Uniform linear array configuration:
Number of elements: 4
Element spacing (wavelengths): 0.25
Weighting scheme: blackman
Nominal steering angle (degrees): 15
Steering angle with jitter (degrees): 14.566
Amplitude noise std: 0.05
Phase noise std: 0.05

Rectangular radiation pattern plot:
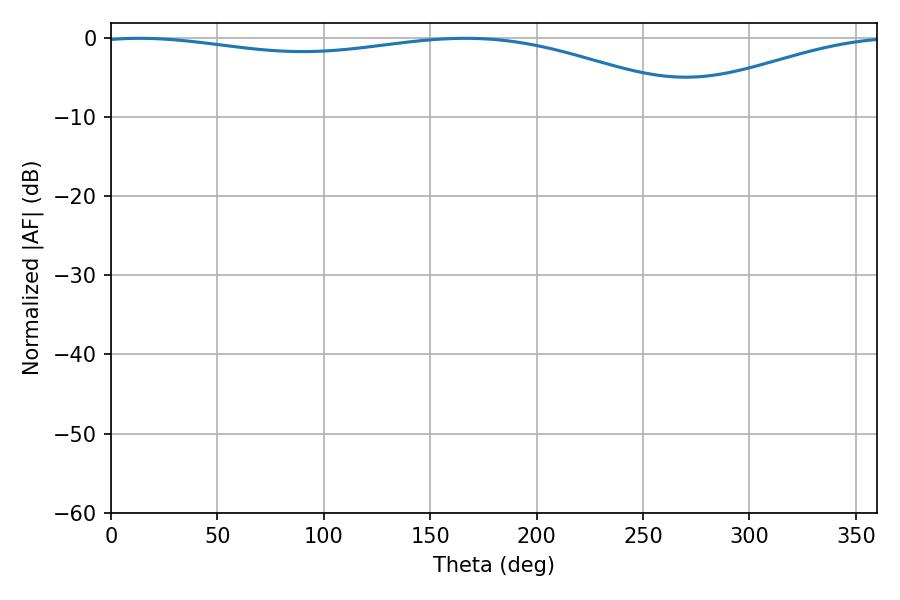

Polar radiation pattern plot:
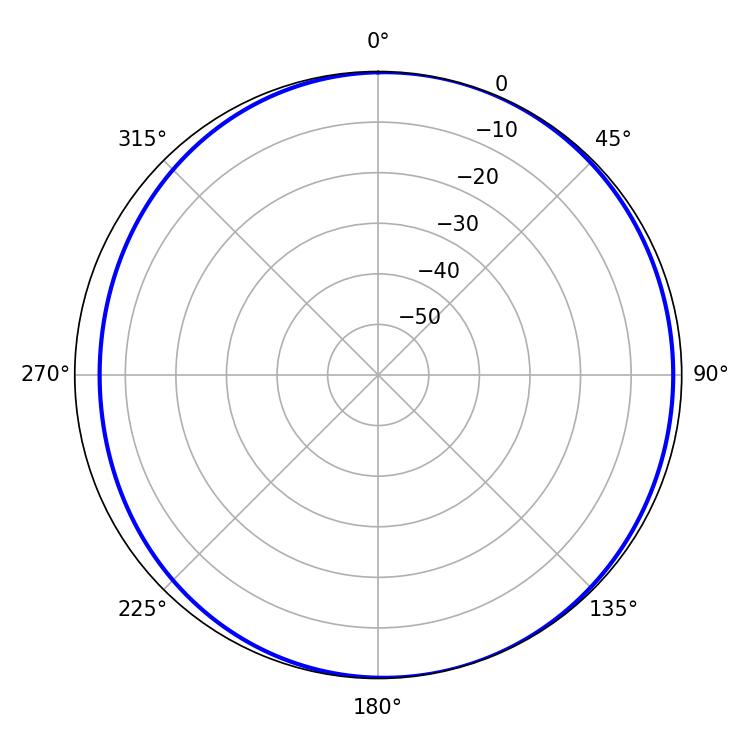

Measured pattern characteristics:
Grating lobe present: FALSE
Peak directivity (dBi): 4.979
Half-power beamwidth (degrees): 230.04
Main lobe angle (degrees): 13.5